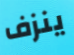
ينزف